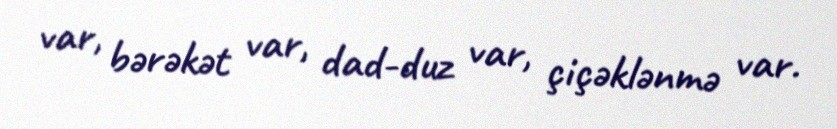
var, bərəkət var, dad-duz var, çiçəklənmə var.